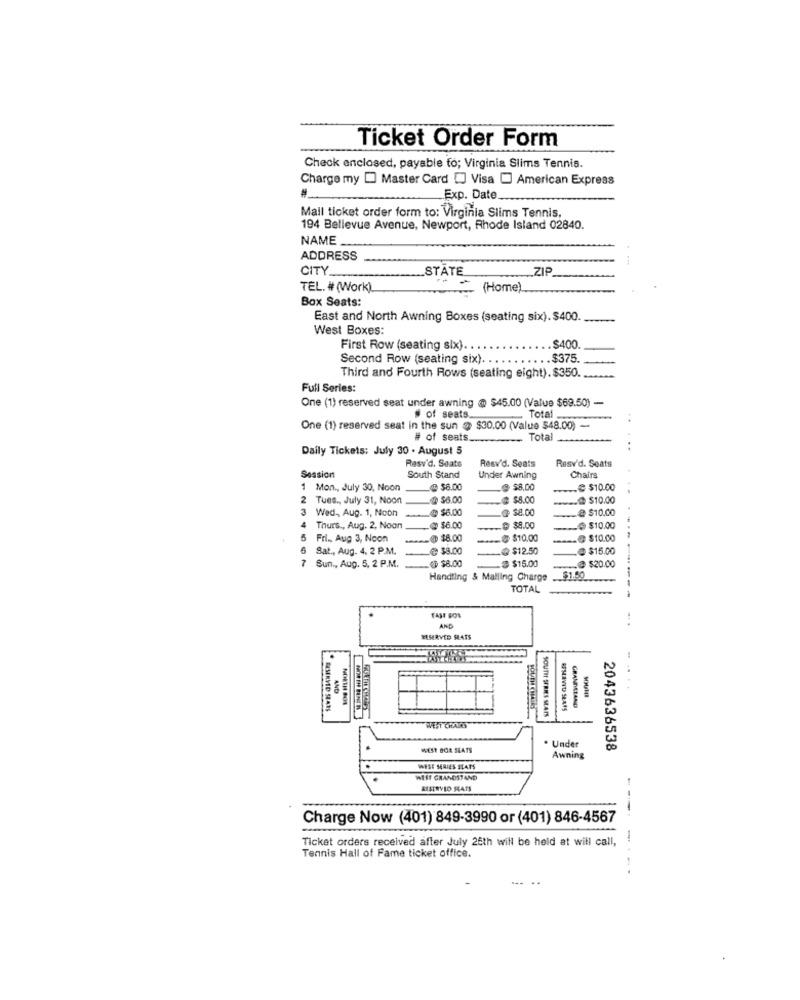
Ticket Order Form
Check enclosed, payable to; Virginia Slims Tennis.
Charge my [ Master Card [] Visa [ American Express
Exp. Date ..
Mall ticket order form to: Virginia Slims Tennis,
194 Bellevue Avenue, Newport, Rhode Island 02840.
NAME
ADDRESS
CITY
STATE
ZIP
TEL. # (Work)
(Home).
Box Seats:
East and North Awning Boxes (seating six). $400.
West Boxes:
First Row (seating six). . .
.. $400.
Second Row (seating six).
$375.
Third and Fourth Rows (seating eight). $350.
Full Series:
One (1) reserved seat under awning @ $45.00 (Value $69.50) -
of seats.
Total
..
One (1) reserved seat in the sun $ $30.00 (Value $48.00) -
# of seats.
Total
Daily Tickets: July 30 . August 5
Resv'd. Seats
Resv'd. Seats
Rasv'd. Seats
Session
South Stand
Under Awning
Chairs
Mon ., July 30, Noon
$8.00
@ $8.00
.. € $10.00
Tues ., July 31, Noon
-@ $6.00
.. @ $8.00
.... $10.00
3
Wed ,, Aug. 1, Noon
@ $6.00
.. @ $10.00
4
Thurs ., Aug. 2, Noon
___ @ $6.00
.... $ $8.00
.... $10.00
5
Fri ., Aug 3, Noon
-@ $8.00
$ $10.0
@ $10.00
6
Sat ., Aug. 4. 2 P.M.
___ @ $8.00
@$12.50
@ $15.00
7
@ $8.00
.$ $15.00
Sun ., Aug. 5, 2 P.M.
@ $20.00
Handting & Malling Charge
$1.50
TOTAL
TAŞI SOL
AND
MSERVED SLATS
SOUTE
SOUTH SERIES SEATS
ASMAVID SŁANS
GRANDIETAND
. Under
WEST BOR SEATS
2043636538
Awning
WESE SERIES STATS
WIST GRANDSTAND
MISIRVID SEATS
Charge Now (401) 849-3990 or (401) 846-4567
Ticket orders received after July 26th will be held at will call,
Tennis Hall of Fame ticket office.